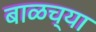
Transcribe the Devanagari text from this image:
बाळच्या